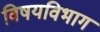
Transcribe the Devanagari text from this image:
विषयविभाग